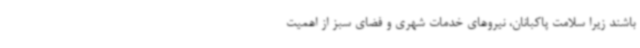
باشند زیرا سلامت پاکبانان، نیروهای خدمات شهری و فضای سبز از اهمیت